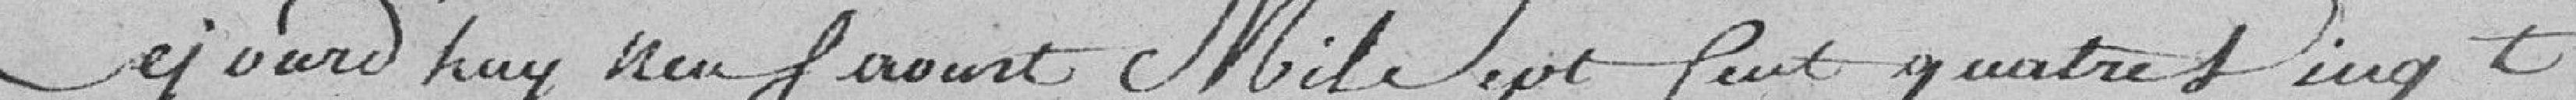
Cejourd'huy neuf août Mile Sept Cent quatre vingt